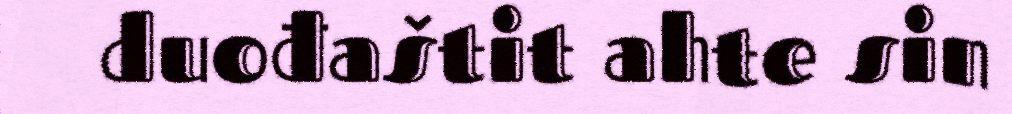
duođaštit ahte sin